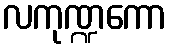
လကုဏ္ဍကော